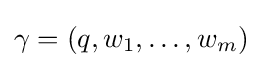
\gamma =(q,w_{1},\dots ,w_{m})